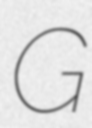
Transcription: G